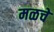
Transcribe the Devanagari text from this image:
मळचे